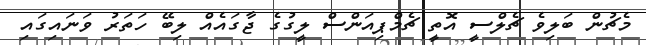
މެޗުން ބަލިވެ ޗެލްސީ އޮތީ ޗެމްޕިއަންސް ލީގުގެ ޖާގައެއް ލިބޭ ހަތަރު ވަނައިގައި